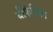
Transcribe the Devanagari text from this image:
बीफेनियम